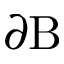
\partial \mathrm { B }